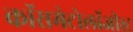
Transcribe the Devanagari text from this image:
कॉसमेटोलॉजीस्ट